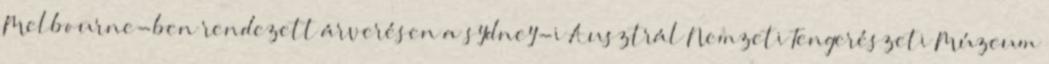
Melbourne-ben rendezett árverésen a sydney-i Ausztrál Nemzeti Tengerészeti Múzeum